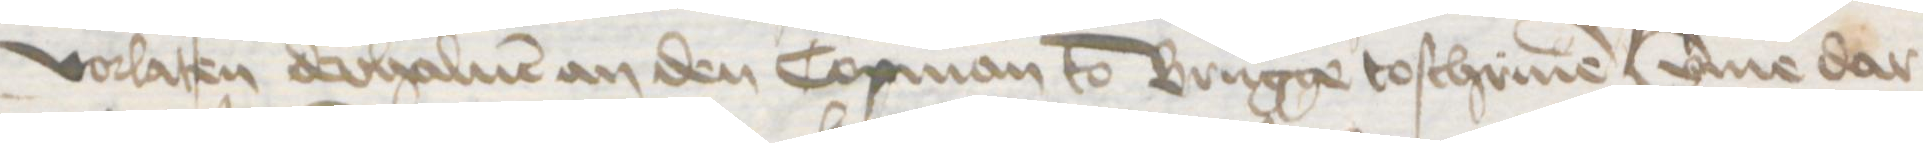
vorlaten derhaluen an den Copman to Brugge toschriuen umme dar